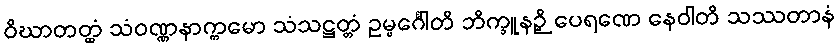
ဝိဃာတတ္ထံ သံဝဏ္ဏနာက္ကမော သံသဋ္ဌတ္တံ ဥမ္မင်္ဂေါတိ ဘိက္ခူနဉှိ ပေရဏေ နေဝါတိ သဿတာနံ